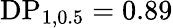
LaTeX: \textrm{DP}_{1,0.5}=0.89